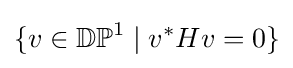
\{v\in \mathbb {DP} ^{1}\mid v^{*}Hv=0\}